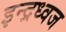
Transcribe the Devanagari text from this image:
इन्द्रध्वज